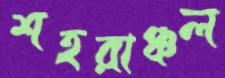
শহরাঞ্চল